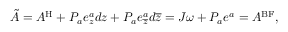
\tilde { A } = A ^ { \mathrm { H } } + P _ { a } e _ { z } ^ { a } d z + P _ { a } e _ { \overline { { { z } } } } ^ { a } d \overline { { { z } } } = J \omega + P _ { a } e ^ { a } = A ^ { \mathrm { B F } } ,